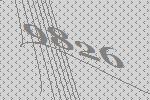
9826